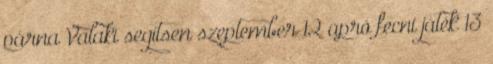
párna Valaki segítsen szeptember 12 apró fecni játék 13